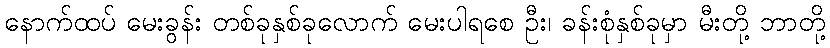
နောက်ထပ် မေးခွန်း တစ်ခုနှစ်ခုလောက် မေးပါရစေ ဦး၊ ခန်းစုံနှစ်ခုမှာ မီးတို့ ဘာတို့